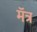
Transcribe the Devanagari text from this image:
मॅत्र